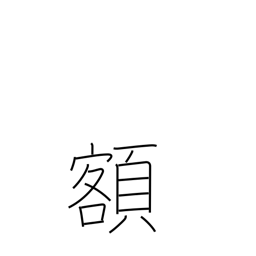
Meaning: sum